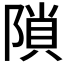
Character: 𨻈